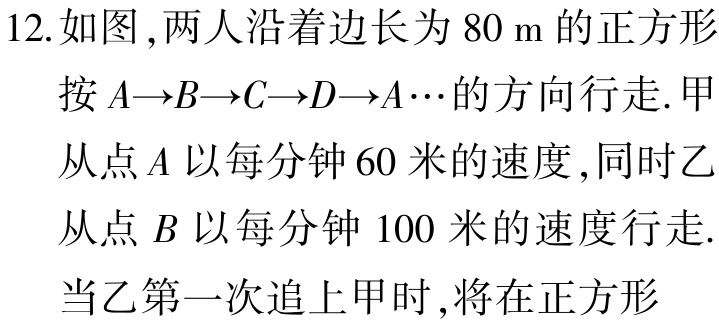
12.如图 ,两人沿着边长为 \(80\ m\) 的正方形

按 \(A\rightarrow B\rightarrow C\rightarrow D\rightarrow A\cdots\) 的方向行走.甲

从点 \(A\) 以每分钟 \(60\) 米的速度 ,同时乙

从点 \(B\) 以每分钟 \(100\) 米的速度行走.

当乙第一次追上甲时 ,将在正方形